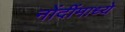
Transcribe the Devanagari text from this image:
नोंदींमाध्ये